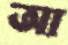
আ